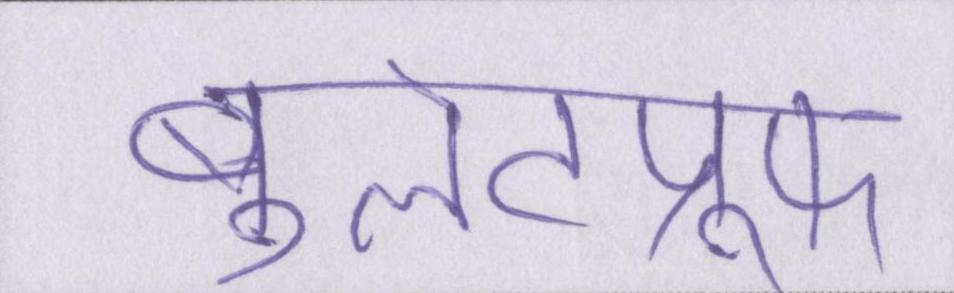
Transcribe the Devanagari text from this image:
बुलेटप्रूफ